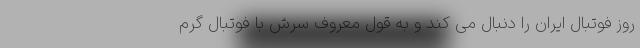
روز فوتبال ایران را دنبال می کند و به قول معروف سرش با فوتبال گرم